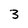
Character: 3